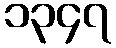
၁၃၄၇